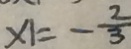
x _ { 1 } = - \frac { 2 } { 3 }